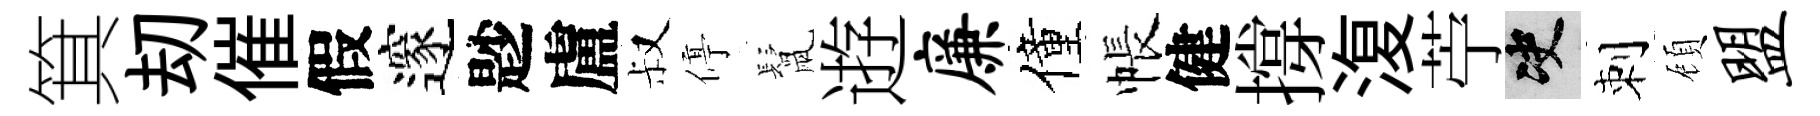
箕刧催假邃尟盧叔停鬛逰廉僮帳健撐𣸪苧决刺頋盟